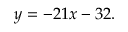
y = - 2 1 x - 3 2 .